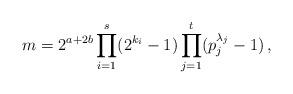
LaTeX: \begin{align*}m = 2^{a+2b}\prod_{i=1}^s (2^{k_i}-1) \prod_{j=1}^t (p_j^{\lambda_j}-1)\, , \end{align*}